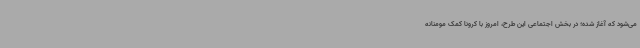
می‌شود که آغاز شده؛ در بخش اجتماعی این طرح، امروز با کرونا کمک مومنانه